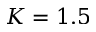
K = 1 . 5